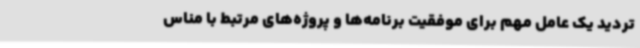
تردید یک عامل مهم برای موفقیت برنامه‌ها و پروژه‌های مرتبط با مناس